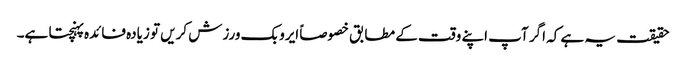
حقیقت یہ ہے کہ اگر آپ اپنے وقت کے مطابق خصوصاً ایروبک ورزش کریں تو زیادہ فائدہ پہنچتا ہے۔